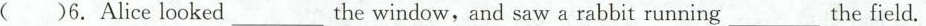
( )6.Alice looked___the window,and saw a rabbit running___the field.